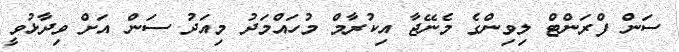
ސަން ފްރަންޓް ލިވިންގެ މެނޭޖާ އިކުރާމް މުހައްމަދު މިއަދު ސަން އަށް ވިދާޅުވީ